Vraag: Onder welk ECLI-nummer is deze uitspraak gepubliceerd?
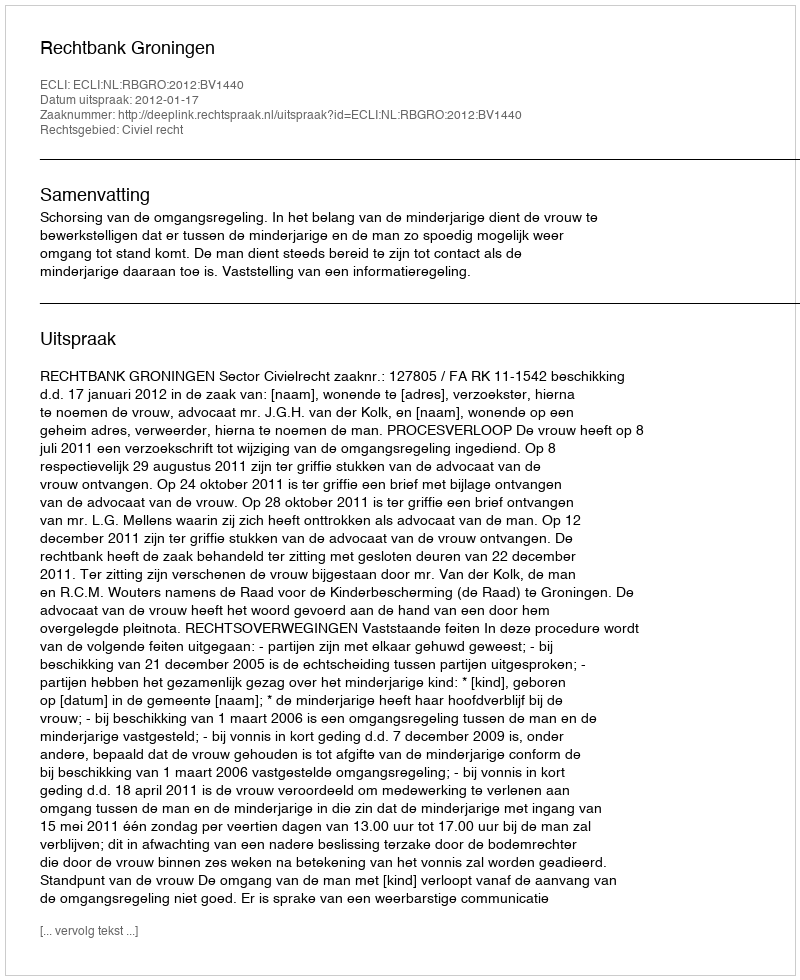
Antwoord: ECLI:NL:RBGRO:2012:BV1440